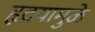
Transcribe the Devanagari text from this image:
हृदयामुळे